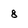
Character: 8